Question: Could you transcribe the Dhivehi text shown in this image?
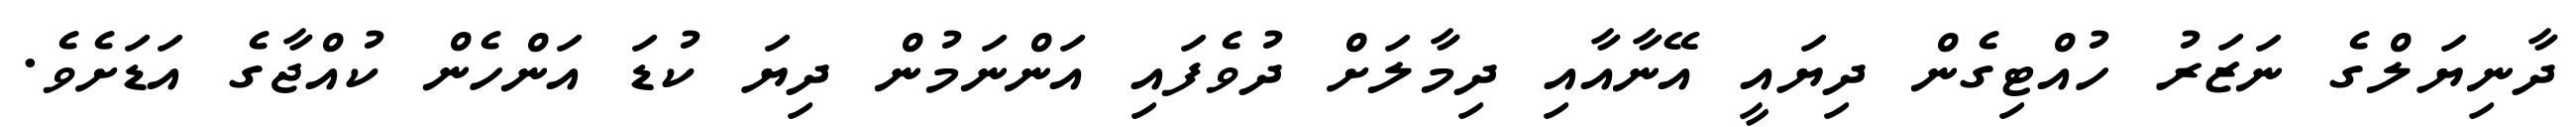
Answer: ދާނިޔަލްގެ ނަޒަރު ހުއްޓިގެން ދިޔައީ އޭނާއާއި ދިމާލަށް ދުވެފައި އަންނަމުން ދިޔަ ކުޑަ އަންހެން ކުއްޖާގެ އަޑަށެވެ.